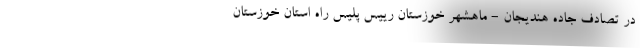
در تصادف جاده هندیجان - ماهشهر خوزستان رییس پلیس راه استان خوزستان